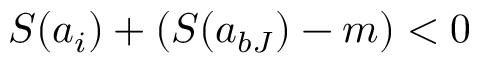
S ( a _ { i } ) + ( S ( a _ { b J } ) - m ) < 0